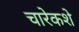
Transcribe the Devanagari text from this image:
चारेकशे